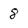
Character: 8